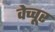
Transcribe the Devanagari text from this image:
वेच्चूर